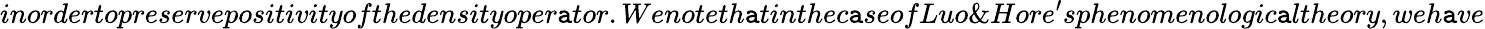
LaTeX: inordertopreservepositivityofthedensityoper\mathtt{a}tor.Wenoteth\mathtt{a}tinthec\mathtt{a}seofLuo\& Hore^{\prime}sphenomenologic\mathtt{a}ltheory,weh\mathtt{a}ve